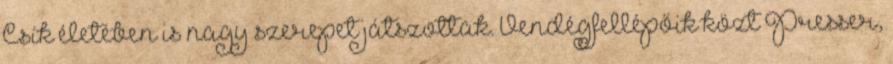
Csík életében is nagy szerepet játszottak. Vendégfellépőik közt Presser,